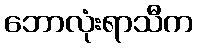
ဘောလုံးရာသီက